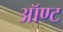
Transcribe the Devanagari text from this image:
ऑण्ट